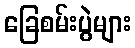
ခြေစမ်းပွဲများ